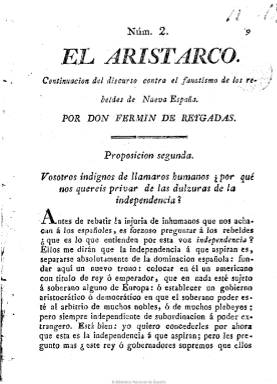
Título: El Aristarco
Colección: Periódicos anteriores a 1850
Ámbito geográfico: México
Lugar de publicación: Méjico
Fechas: 01/01/1811-31/12/1811

Publicación semanal editada en Méjico sobre 1811. Fue redactada por Fermín de Reygadas y representa la propaganda realista contra el movimiento insurgente de los rebeldes de Nueva España encabezado por Miguel de Hidalgo, padre de la independencia mejicana. Reygadas trata, como en otras publicaciones suyas, de justificar la obediencia a los legítimos reyes por medio de la filosofía racionalista y la fe cristiana, y aboga por la condena civil y eclesiástica de la rebelión de Miguel Hidalgo.